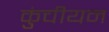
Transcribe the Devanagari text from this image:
कुंचीयन